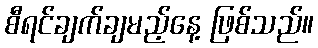
စီရင်ချက်ချမည့်နေ့ ဖြစ်သည်။